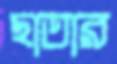
ছাতার